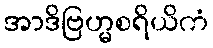
အာဒိဗြဟ္မစရိယိကံ